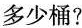
多少桶?